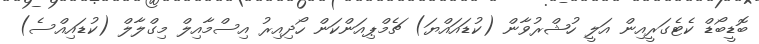
ބޮޑީބޯޑް ކެޓެގަރީއިން އަލީ ހުޝްރުވާން (ކުޑައައްޔަ) ޗެމްޕިއަންކަން ހޯދިއިރު އިސްމާއިލް މިގްލާލް (ކުޑައިއްސެ)